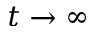
t \to \infty